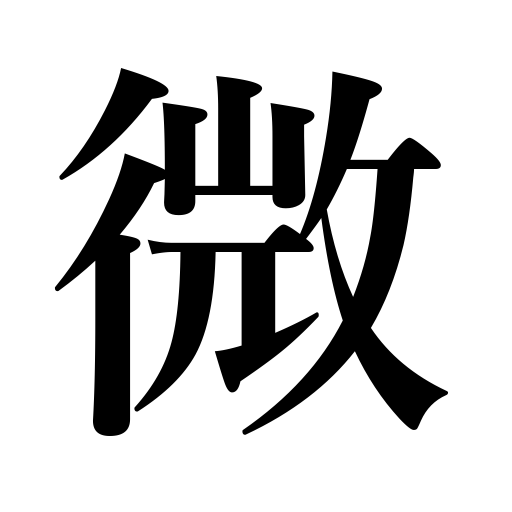
Meanings: insignificance,minuteness,vagueness,fewness